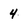
Character: 4